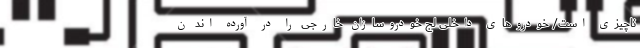
ناچیزی است/ خودرو‌های داخلی لج خودروسازان خارجی را در آورده اند ن